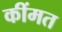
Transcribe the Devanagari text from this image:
कींमत